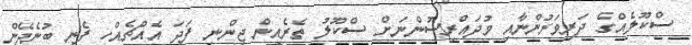
ސްކޫލެއްގެ ދަރިވަރުންނާއި މުދައްރިސުންނަށް ސްކޫލު ތެރެއިން ޖިންނި ފަދަ އެއްޗެއްހި ފެނި ބުނެދޭން